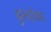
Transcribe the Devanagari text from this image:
कुलशेकर